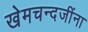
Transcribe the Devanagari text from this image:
खेमचन्दजींना